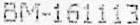
BM-161113